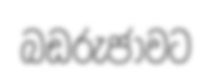
බඩරුජාවට